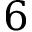
6